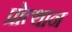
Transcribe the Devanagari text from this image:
प्रोत्थान